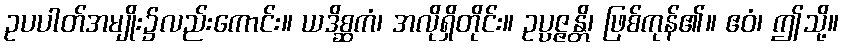
ဥပပါတ်အမျိုး၌လည်းကောင်း။ ယဒိစ္ဆကံ၊ အလိုရှိတိုင်း။ ဥပ္ပဇ္ဇန္တိ၊ ဖြစ်ကုန်၏။ ဧဝံ၊ ဤသို့။